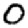
Digit: 0